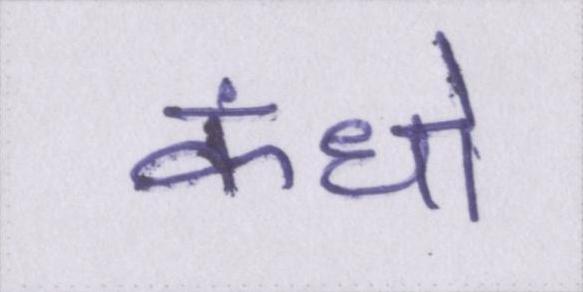
कंधो